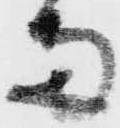
両